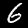
Label: 6